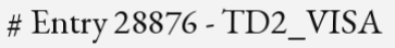
# Entry 28876 - TD2_VISA